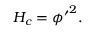
{ \cal { H } } _ { c } = { \phi ^ { \prime } } ^ { 2 } .